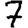
Digit: 7